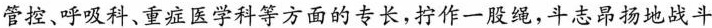
管控、呼吸科、重症医学科等方面的专长，拧作一股绳，斗志昂扬地战斗